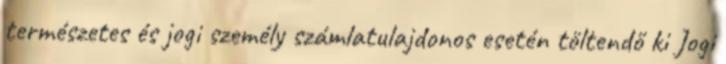
természetes és jogi személy számlatulajdonos esetén töltendő ki Jogi